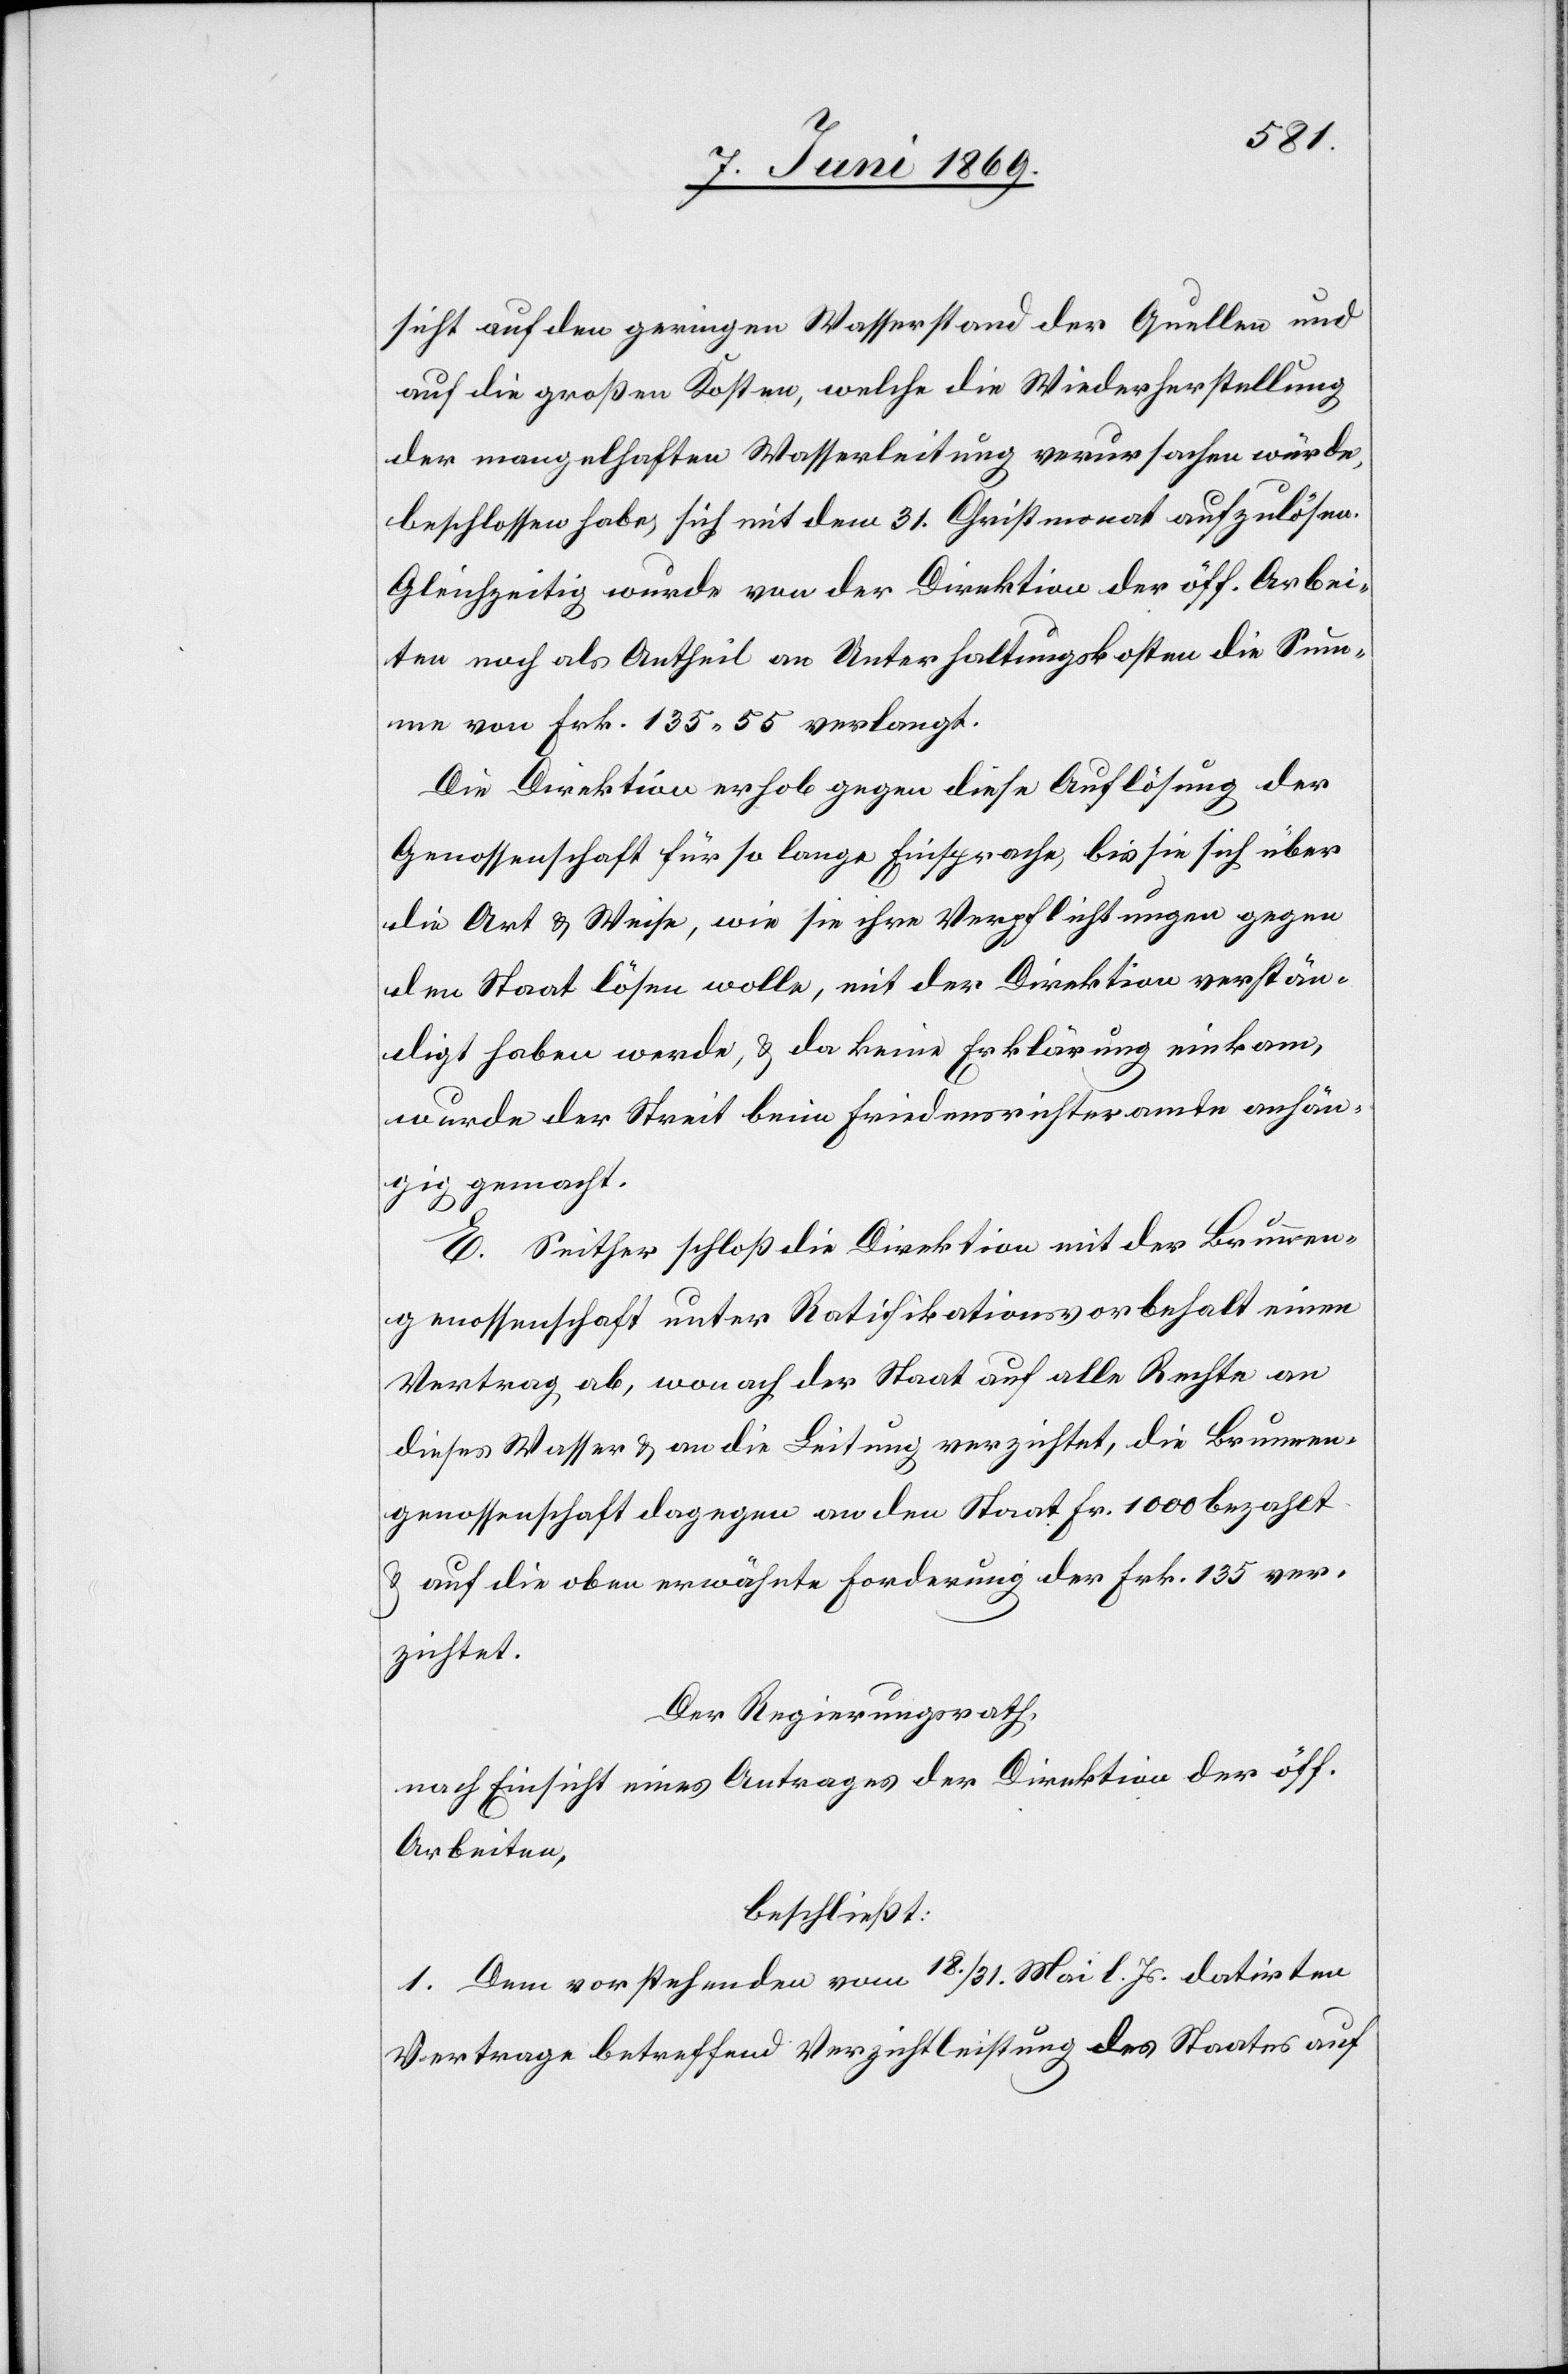
sicht auf den geringen Wasserstand der Quellen und
auf die großen Kosten, welche die Wiederherstellung
der mangelhaften Wasserleitung verursachen würde,
beschlossen habe, sich mit dem 31 Christmonat aufzulösen.
Gleichzeitig wurde von der Direktion der öff. Arbei¬
ten noch als Antheil an Unterhaltungskosten die Sum¬
me von Frk. 135.55 verlangt.
Die Direktion erhob gegen diese Auflösung der
Genossenschaft für so lange Einsprache, bis sie sich über
die Art u. Weise, wie sie ihre Verpflichtungen gegen
den Staat lösen wolle, mit der Direktion verstän¬
digt haben werde, u. da keine Erklärung einkam,
wurde der Streit beim Friedensrichteramte anhän¬
gig gemacht.
E. Seither schloß die Direktion mit der Brunnen¬
genossenschaft unter Ratifikationsvorbehalt einen
Vertrag ab, wonach der Staat auf alle Rechte an
dieses Wasser u. an die Leitung verzichtet, die Brunnen¬
genossenschaft dagegen an den Staat Fr. 1000 bezahlt
u. auf die oben erwähnte Forderung der Frk. 135 ver¬
zichtet.
Der Regierungsrath,
nach Einsicht eines Antrages der Direktion der öff.
Arbeiten,
beschließt:
1. Dem vorstehenden vom 18/31 Mai l. Js. datirten
Vertrage betreffend Verzichtleistung des Staates auf